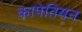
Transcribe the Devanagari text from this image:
कापेतियन